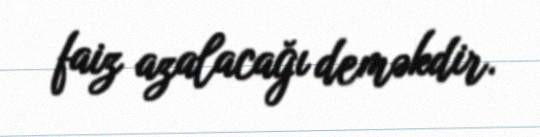
faiz azalacağı deməkdir.